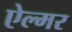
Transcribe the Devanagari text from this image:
ऐल्मर